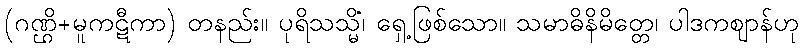
(ဂဏ္ဌိ+မူကဋီကာ) တနည်း။ ပုရိသသ္မိံ၊ ရှေ့ဖြစ်သော။ သမာဓိနိမိတ္တေ၊ ပါဒကဈာန်ဟု